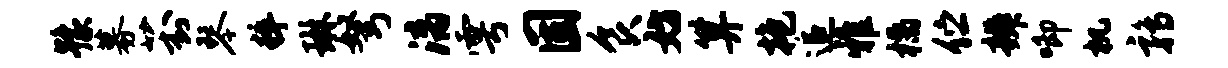
豫募葑琴粹琳弩漓雩固食妨算抱追雅橘伫辨唧机鹑